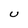
Character: U